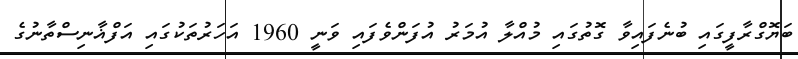
ބަޔޮގްރާފީގައި ބުނެފައިވާ ގޮތުގައި މުއްލާ އުމަރު އުފަންވެފައި ވަނީ 1960 އަހަރުތަކުގައި އަފްޣާނިސްތާނުގެ